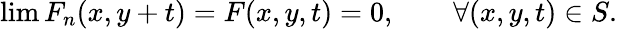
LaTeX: \operatorname*{lim}F_{n}(x,y+t)=F(x,y,t)=0,\quad\quad\forall(x,y,t)\in S.